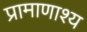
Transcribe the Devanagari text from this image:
प्रामाणाश्य